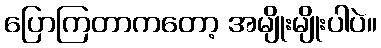
ပြောကြတာကတော့ အမျိုးမျိုးပါပဲ။